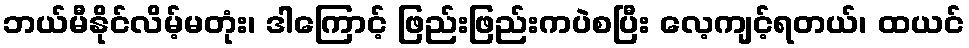
ဘယ်မီနိုင်လိမ့်မတုံး၊ ဒါကြောင့် ဖြည်းဖြည်းကပဲစပြီး လေ့ကျင့်ရတယ်၊ ထယင်